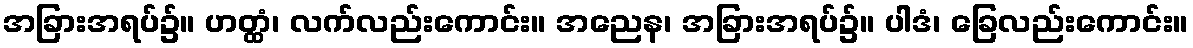
အခြားအရပ်၌။ ဟတ္ထံ၊ လက်လည်းကောင်း။ အညေန၊ အခြားအရပ်၌။ ပါဒံ၊ ခြေလည်းကောင်း။